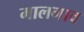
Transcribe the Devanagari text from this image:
मालगाव